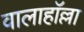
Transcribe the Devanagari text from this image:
वालाहाॅल्ला